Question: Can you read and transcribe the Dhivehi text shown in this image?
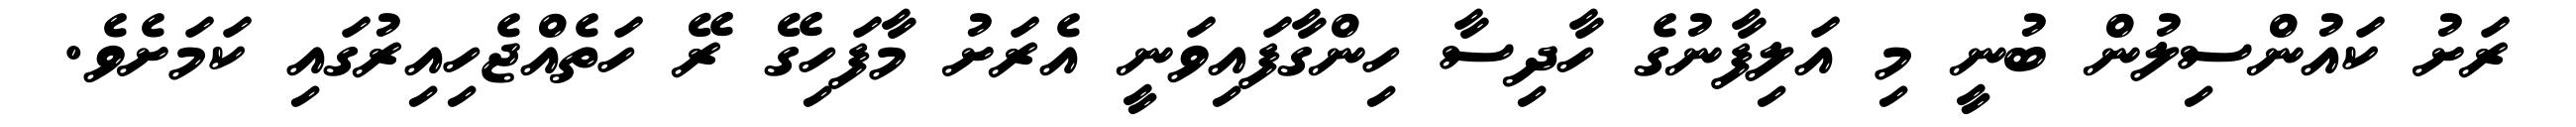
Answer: ރަށު ކައުންސިލުން ބުނީ މި އަލިފާނުގެ ހާދިސާ ހިންގާފައިވަނީ އެރަށު މާފަހިގޭ ރޭ ހަތެއްޖެހިއިރުގައި ކަމަށެވެ.